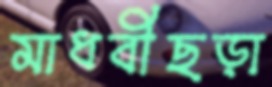
মাধবীছড়া